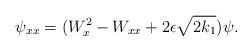
LaTeX: \begin{align*}\psi_{xx} = (W_x^2 -W_{xx} + 2 \epsilon \sqrt{2k_1}) \psi .\end{align*}